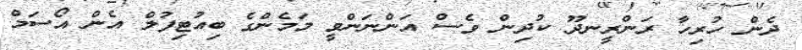
ދެން ހުރިހާ ރަންރީނދޫ ކުދިން ވެސް އަންނަންވީ މަމެންގެ ބިއުޓިފުލް އެން އޯސަމް